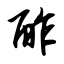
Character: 酢